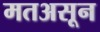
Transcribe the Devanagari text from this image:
मतअसून